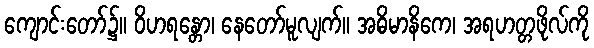
ကျောင်းတော်၌။ ဝိဟရန္တော၊ နေတော်မူလျက်။ အဓိမာနိကေ၊ အရဟတ္တဖိုလ်ကို